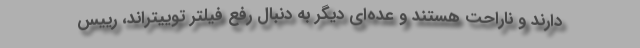
دارند و ناراحت هستند و عده‌ای دیگر به دنبال رفع فیلتر توییتراند، رییس